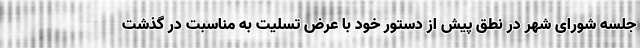
جلسه شورای شهر در نطق پیش از دستور خود با عرض تسلیت به مناسبت در گذشت